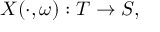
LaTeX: X ( \cdot , \omega ) : T \rightarrow S ,